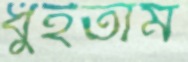
ধুইতাম